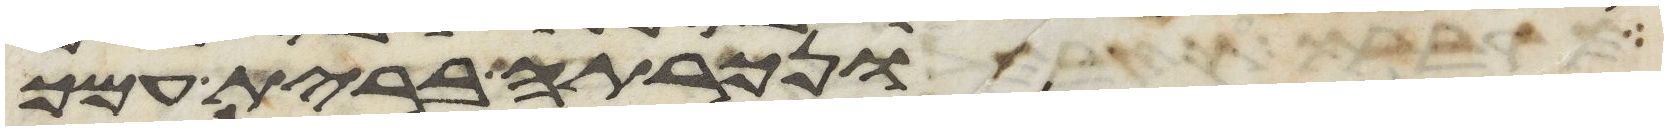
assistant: ונכרתה ברית עמך